Problem: 3 × 8 = ?
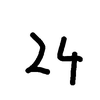
Handwritten answer: 24